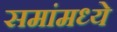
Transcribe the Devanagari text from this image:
समांमध्ये